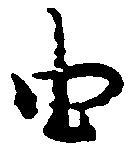
由